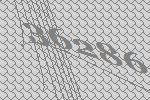
36286